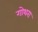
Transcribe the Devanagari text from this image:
गोथरा